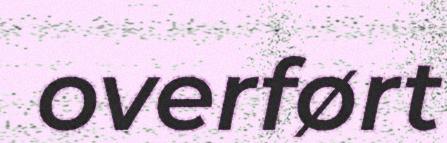
overført